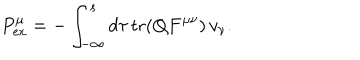
{ P } _ { \mathrm { e x } } ^ { \mu } = - \int _ { - \infty } ^ { s } d \tau \, \mathrm { t r } ( Q F ^ { \mu \nu } ) \, v _ { \nu } .